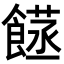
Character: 𮩈